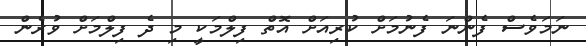
ނަމަވެސް ފެންނަ ފެނުމަށް ކުރިއަށް އޮތް ފިލްމަކީ މި ދެ ފިލްމަށް ވުރެން